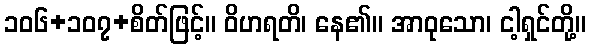
၁၀၆+၁၀၇+စိတ်ဖြင့်။ ဝိဟရတိ၊ နေ၏။ အာဝုသော၊ ငါ့ရှင်တို့။